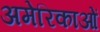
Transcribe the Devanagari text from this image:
अमेरिकाओं